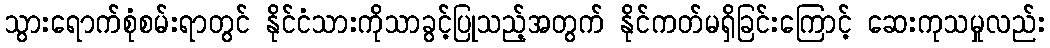
သွားရောက်စုံစမ်းရာတွင် နိုင်ငံသားကိုသာခွင့်ပြုသည့်အတွက် နိုင်ကတ်မရှိခြင်းကြောင့် ဆေးကုသမှုလည်း